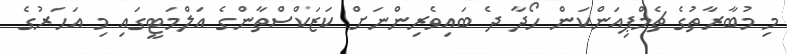
މި މުބާރާތުގެ ޗެމްޕިއަންކަން ހޯދާ ދެ ބައިވެރިންނަށް ކަޒަކްސްތާންގެ އަލްމަޓީގައި މި އަހަރުގެ